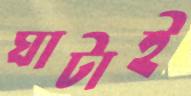
ঘাটাই